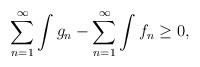
LaTeX: \begin{align*}\sum_{n=1}^{\infty}\int g_n-\sum_{n=1}^{\infty}\int f_n \geq 0, \end{align*}